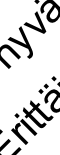
ri v